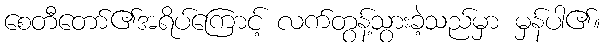
စေတီတော်၏အရိပ်ကြောင့် လက်တွန့်သွားခဲ့သည်မှာ မှန်ပါ၏။